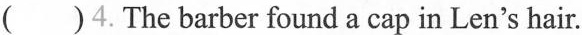
( )4.The barber found a cap in Len's hair.